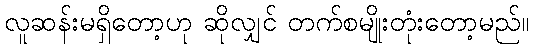
လူဆန်းမရှိတော့ဟု ဆိုလျှင် တက်စမျိုးတုံးတော့မည်။